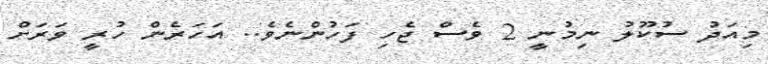
މިއަދު ސުކޫލު ނިމުނީ 2 ވެސް ޖެހި ފަހުންނެވެ.. އަހަރެން ހުރީ ވަރަށް